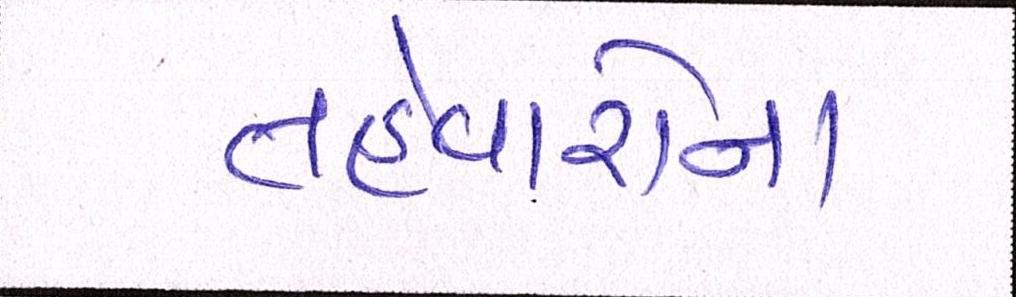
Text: તહેવારોના